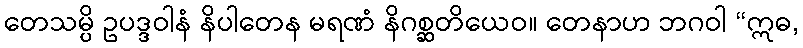
တေသမ္ပိ ဥပဒ္ဒဝါနံ နိပါတေန မရဏံ နိဂစ္ဆတိယေဝ။ တေနာဟ ဘဂဝါ “ဣဓ,